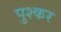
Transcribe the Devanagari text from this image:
पुश्कर